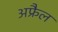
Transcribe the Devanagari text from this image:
अफ्रैल